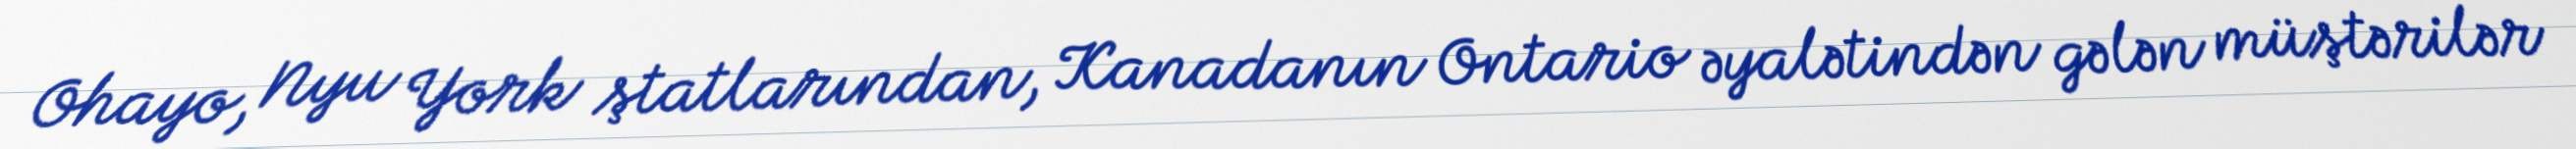
Ohayo, Nyu York ştatlarından, Kanadanın Ontario əyalətindən gələn müştərilər